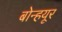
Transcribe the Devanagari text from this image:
बोन्हयूर